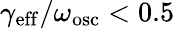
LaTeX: \gamma_{\mathrm{eff}}/\omega_{\mathrm{osc}}<0.5